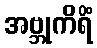
အဗ္ဘုကိရိံ